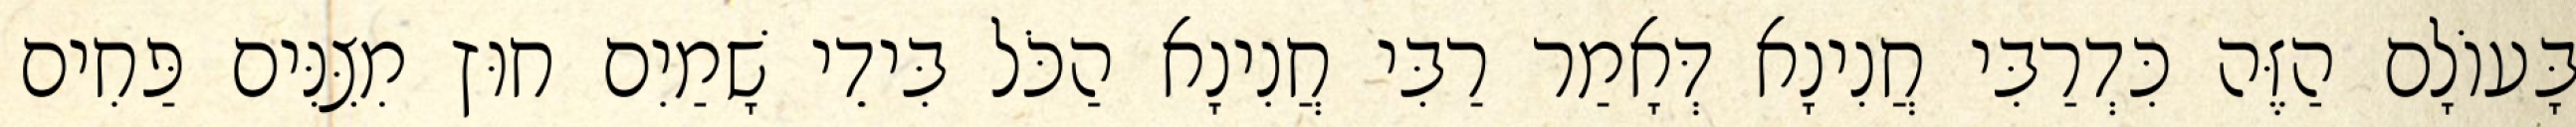
בָּעוֹלָם הַזֶּה כִּדְרַבִּי חֲנִינָא דְּאָמַר רַבִּי חֲנִינָא הַכֹּל בִּידֵי שָׁמַיִם חוּץ מִצִּנִּים פַּחִים